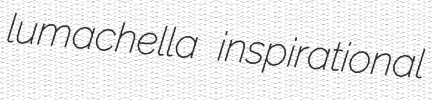
lumachella inspirational